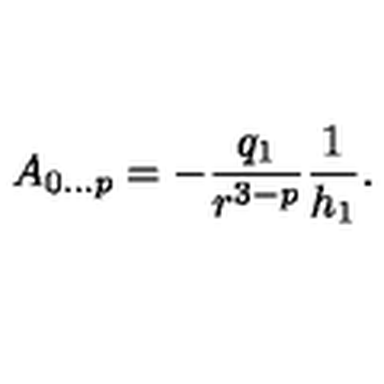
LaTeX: A _ { 0 \ldots p } = - \frac { q _ { 1 } } { r ^ { 3 - p } } \frac { 1 } { h _ { 1 } } .